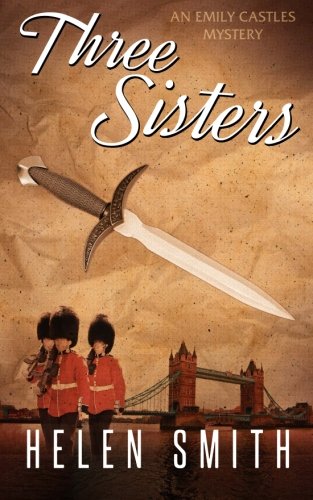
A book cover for Three Sisters (Emily Castles Mysteries); Helen Smith; Mystery, Thriller & Suspense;